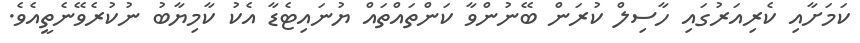
ކަމަށާއި ކެރިއަރުގައި ހާސިލް ކުރަން ބޭނުންވާ ކަންތައްތައް ޔުނައިޓެޑާ އެކު ކާމިޔާބު ނުކުރެވޭނެތީއެވެ.